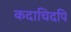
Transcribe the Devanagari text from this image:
कदाचिदपि